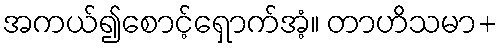
အကယ်၍စောင့်ရှောက်အံ့။ တာဟိသမာ+